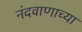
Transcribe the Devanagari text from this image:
नंदवाणाच्या